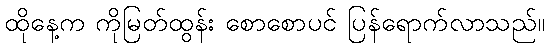
ထိုနေ့က ကိုမြတ်ထွန်း စောစောပင် ပြန်ရောက်လာသည်။